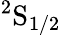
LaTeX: \mathrm{^{2}S_{1/2}}